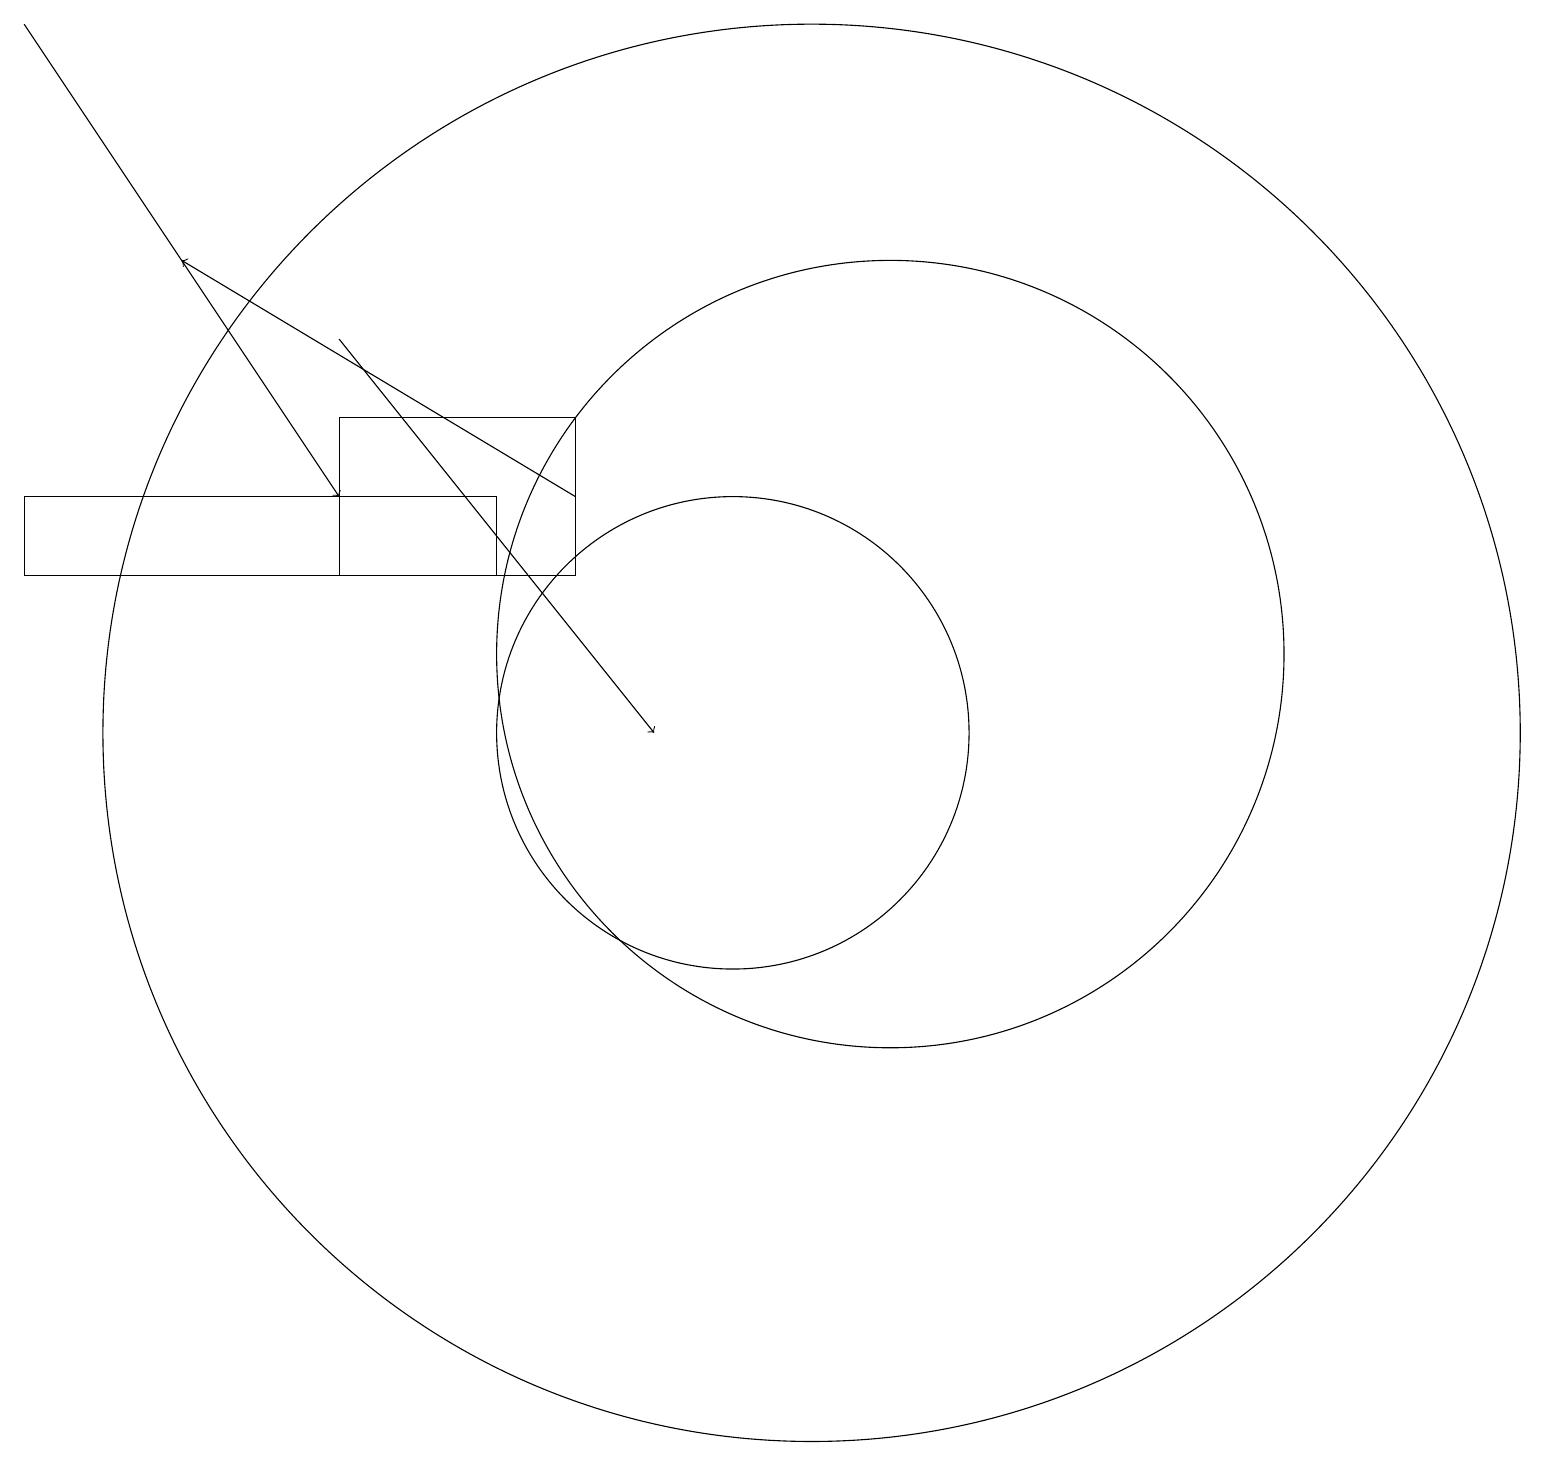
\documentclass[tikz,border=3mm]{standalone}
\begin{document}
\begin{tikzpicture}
\draw (5,12) rectangle (8,14);
\draw (12,11) circle (5);
\draw[->] (1,19) -- (5,13);
\draw[->] (5,15) -- (9,10);
\draw[->] (8,13) -- (3,16);
\draw (10,10) circle (3);
\draw (11,10) circle (9);
\draw (1,13) rectangle (7,12);
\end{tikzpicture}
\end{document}